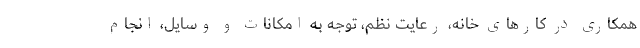
همکاری در کارهای خانه، رعایت نظم، توجه به امکانات و وسایل، انجام